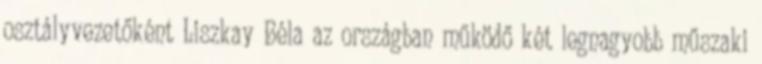
osztályvezetőként Liszkay Béla az országban működő két legnagyobb műszaki